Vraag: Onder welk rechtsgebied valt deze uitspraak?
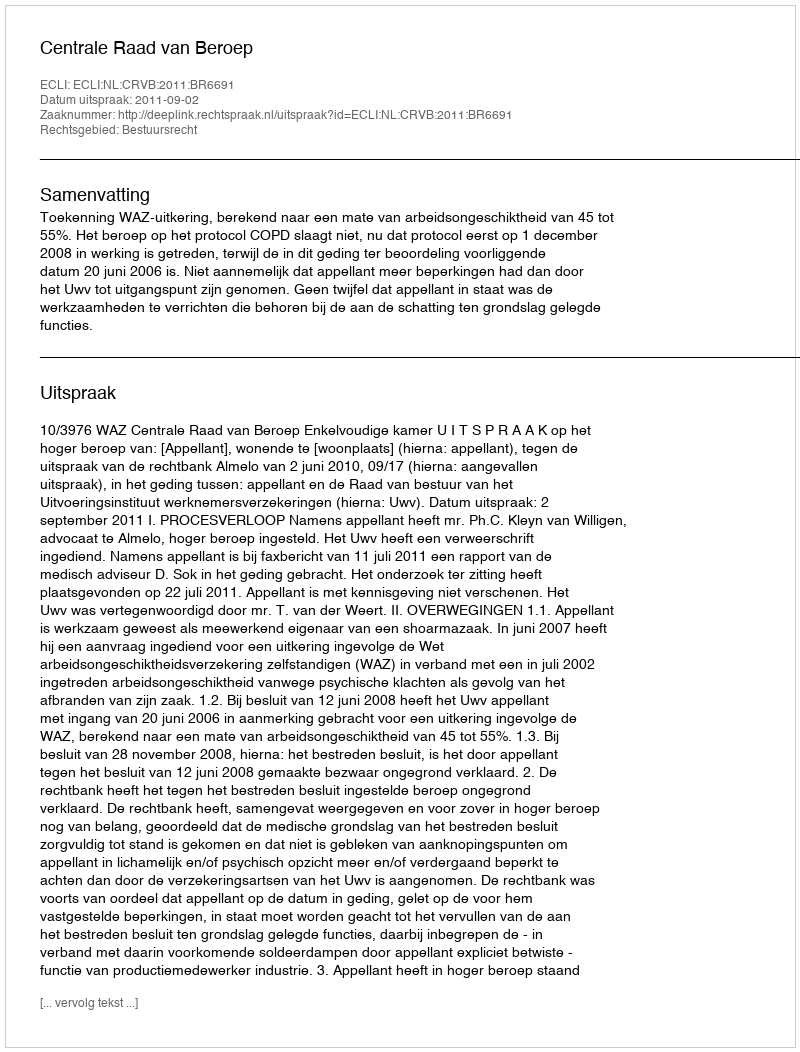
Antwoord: Bestuursrecht